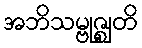
အဘိသမ္ဗုဇ္ဈတိ